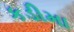
કડીમા